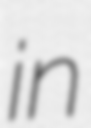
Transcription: in